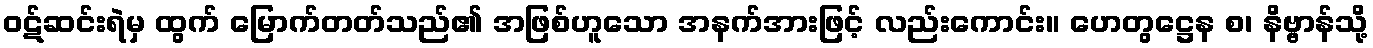
ဝဋ်ဆင်းရဲမှ ထွက် မြောက်တတ်သည်၏ အဖြစ်ဟူသော အနက်အားဖြင့် လည်းကောင်း။ ဟေတွဋ္ဌေန စ၊ နိဗ္ဗာန်သို့